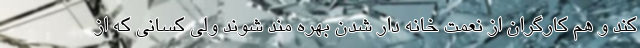
کند و هم کارگران از نعمت خانه دار شدن بهره مند شوند ولی کسانی که از